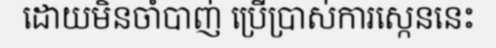
ដោយមិនចាំបាញ់ ប្រើប្រាស់ការស្កេននេះ